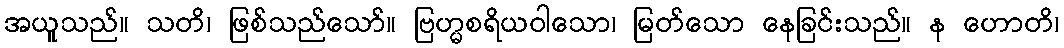
အယူသည်။ သတိ၊ ဖြစ်သည်သော်။ ဗြဟ္မစရိယဝါသော၊ မြတ်သော နေခြင်းသည်။ န ဟောတိ၊